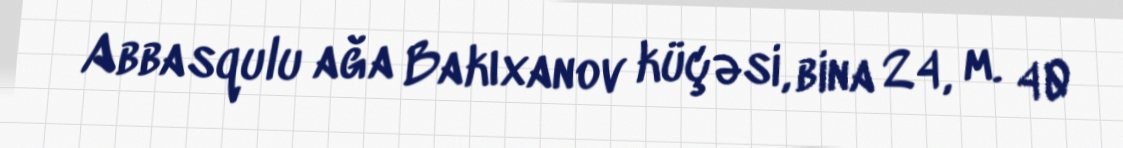
Abbasqulu ağa Bakıxanov küçəsi, bina 24, m. 40